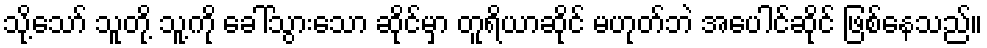
သို့သော် သူတို့ သူ့ကို ခေါ်သွားသော ဆိုင်မှာ တူရိယာဆိုင် မဟုတ်ဘဲ အပေါင်ဆိုင် ဖြစ်နေသည်။